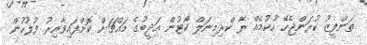
ތަންފީޒު ކުރަންޖެހޭ ހުކުމެއް ރޭ ކްރިމިނަލް ކޯޓުން އަދީބުގެ މައްޗަށް ކޮށްފައިވާއިރު ފުލުހުން